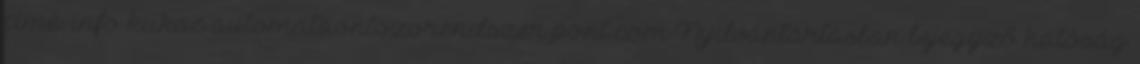
címe: info kukac automataontozorendszer pont com Nyilvántartásban bejegyző hatóság